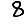
Digit: 8